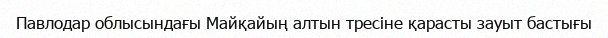
Павлодар облысындағы Майқайың алтын тресіне қарасты зауыт бастығы